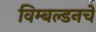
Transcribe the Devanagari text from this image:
विम्बल्डनचे